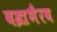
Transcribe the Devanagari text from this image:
वज्रभैरव